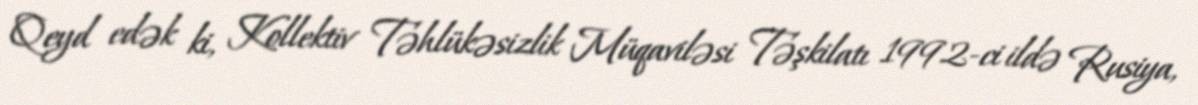
Qeyd edək ki, Kollektiv Təhlükəsizlik Müqaviləsi Təşkilatı 1992-ci ildə Rusiya,